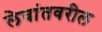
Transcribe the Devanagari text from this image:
लेवांतवरील